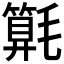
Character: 𣰚